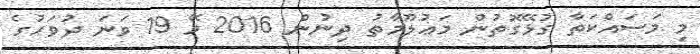
މި މަސައްކަތާ ގުޅޭގޮތުން މަޢުލޫމާތު ދިނުން 2016 މޭ 19 ވަނަ ދުވަހުގެ